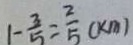
1 - \frac { 3 } { 5 } = \frac { 2 } { 5 } ( k m )